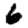
Digit: 6